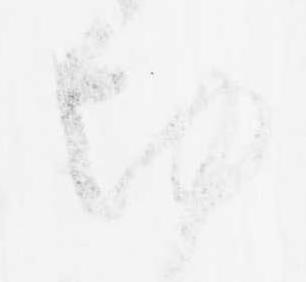
切